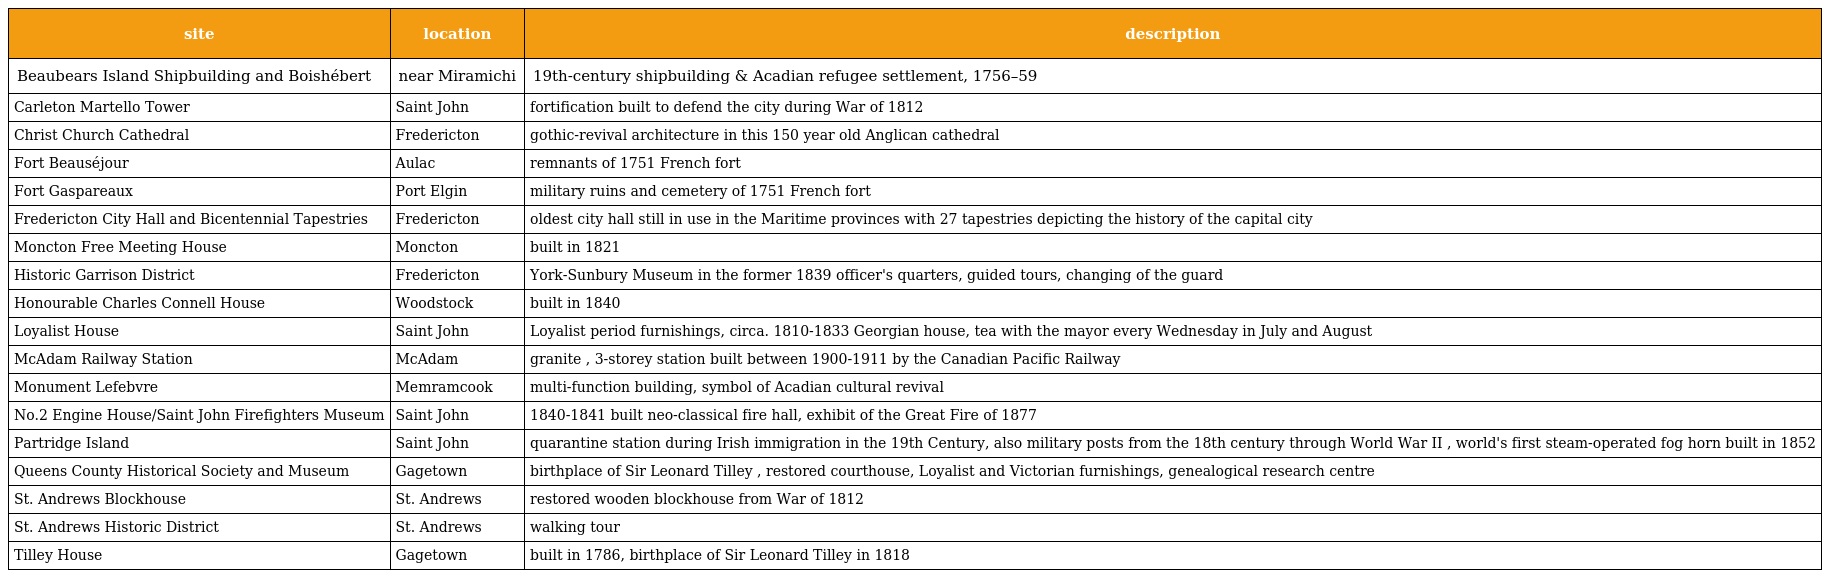
| site | location | description |
 | --- | --- | --- |
 | Beaubears Island Shipbuilding and Boishébert | near Miramichi | 19th-century shipbuilding & Acadian refugee settlement, 1756–59 |
 | Carleton Martello Tower | Saint John | fortification built to defend the city during War of 1812 |
 | Christ Church Cathedral | Fredericton | gothic-revival architecture in this 150 year old Anglican cathedral |
 | Fort Beauséjour | Aulac | remnants of 1751 French fort |
 | Fort Gaspareaux | Port Elgin | military ruins and cemetery of 1751 French fort |
 | Fredericton City Hall and Bicentennial Tapestries | Fredericton | oldest city hall still in use in the Maritime provinces with 27 tapestries depicting the history of the capital city |
 | Moncton Free Meeting House | Moncton | built in 1821 |
 | Historic Garrison District | Fredericton | York-Sunbury Museum in the former 1839 officer's quarters, guided tours, changing of the guard |
 | Honourable Charles Connell House | Woodstock | built in 1840 |
 | Loyalist House | Saint John | Loyalist period furnishings, circa. 1810-1833 Georgian house, tea with the mayor every Wednesday in July and August |
 | McAdam Railway Station | McAdam | granite , 3-storey station built between 1900-1911 by the Canadian Pacific Railway |
 | Monument Lefebvre | Memramcook | multi-function building, symbol of Acadian cultural revival |
 | No.2 Engine House/Saint John Firefighters Museum | Saint John | 1840-1841 built neo-classical fire hall, exhibit of the Great Fire of 1877 |
 | Partridge Island | Saint John | quarantine station during Irish immigration in the 19th Century, also military posts from the 18th century through World War II , world's first steam-operated fog horn built in 1852 |
 | Queens County Historical Society and Museum | Gagetown | birthplace of Sir Leonard Tilley , restored courthouse, Loyalist and Victorian furnishings, genealogical research centre |
 | St. Andrews Blockhouse | St. Andrews | restored wooden blockhouse from War of 1812 |
 | St. Andrews Historic District | St. Andrews | walking tour |
 | Tilley House | Gagetown | built in 1786, birthplace of Sir Leonard Tilley in 1818 |